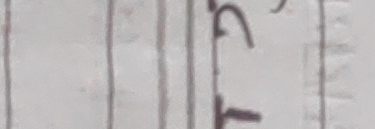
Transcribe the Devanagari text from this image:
२३